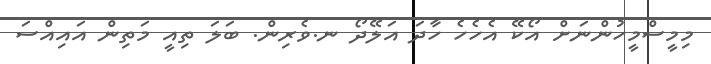
މިމީސްމީހުންނަށް އޯކޭ އެހެހެ ހާދަ އަލޭދޯ ނ.ވެރިން. ބަަލަ ތިއީ މަތިން އައިއްސަ